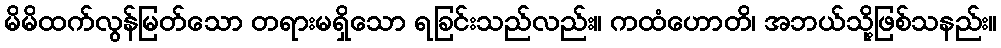
မိမိထက်လွန်မြတ်သော တရားမရှိသော ရခြင်းသည်လည်း။ ကထံဟောတိ၊ အဘယ်သို့ဖြစ်သနည်း။